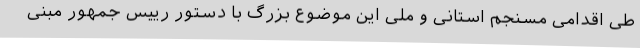
طی اقدامی مسنجم استانی و ملی این موضوع بزرگ با دستور رییس جمهور مبنی